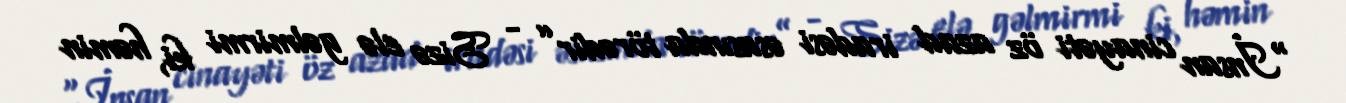
“İnsan cinayəti öz azad iradəsi əsasında törədir” - Sizə elə gəlmirmi ki, həmin